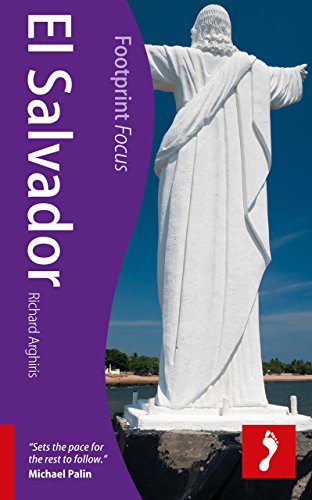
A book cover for El Salvador (Footprint Focus); Richard Arghiris; Travel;